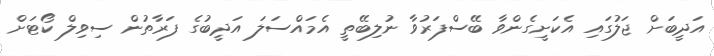
އަދީބަށް ޖަލުގައި އެކަށީގެންވާ ބޭސްފަރުވާ ނުލިބޭތީ އެމައްސަލަ އަދީބުގެ ފަރާތުން ސިވިލް ކޯޓަށް